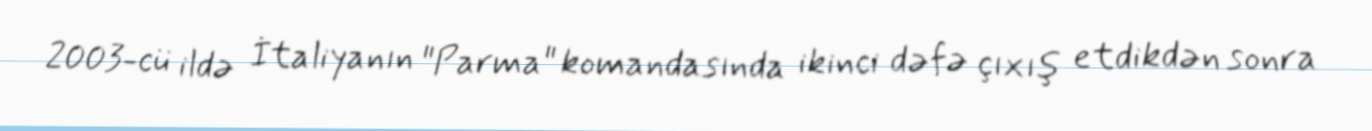
2003-cü ildə İtaliyanın "Parma" komandasında ikinci dəfə çıxış etdikdən sonra